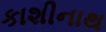
કાશીનાથ